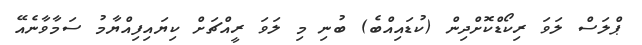
ޕްލަސް ލަވަ ރިކޯޑްކޮށްދިން (ކުޑައިއްބެ) ބުނި މި ލަވަ ރީއްޗަށް ކިޔައިފިއްޔާމު ސަމާވާނެއޭ